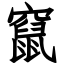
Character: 竄